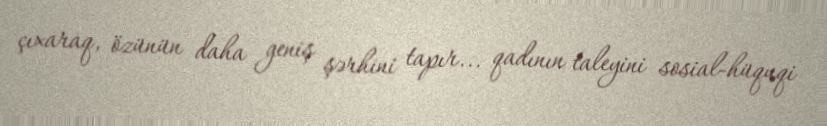
çıxaraq, özünün daha geniş şərhini tapır... qadının taleyini sosial-hüquqi